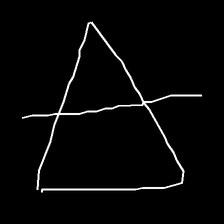
Glyph: empower